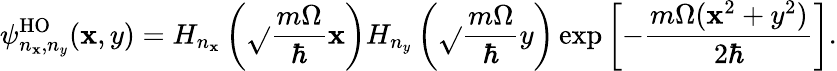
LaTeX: \psi_{n_{\mathbf{x}},n_{y}}^{\mathrm{{HO}}}(\mathbf{x},y)=H_{n_{\mathbf{x}}}\left(\sqrt{}{{\frac{{m\Omega}}{{\hbar}}}}\mathbf{x}\right)H_{n_{y}}\left(\sqrt{}{{\frac{{m\Omega}}{{\hbar}}}}y\right)\exp\left[-\frac{{m\Omega(\mathbf{x}^{2}+y^{2})}}{{2\hbar}}\right].